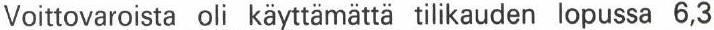
Voittovaroista oli käyttämättä tilikauden lopussa 6,3